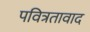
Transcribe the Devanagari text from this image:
पवित्रतावाद